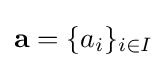
\mathbf {a} =\{a_{i}\}_{i\in I}